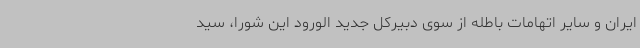
ایران و سایر اتهامات باطله از سوی دبیرکل جدید الورود این شورا، سید